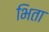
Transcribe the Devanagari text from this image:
भिता